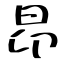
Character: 昂